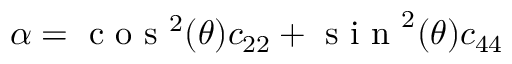
\alpha = \textrm { c o s } ^ { 2 } ( \theta ) c _ { 2 2 } + \textrm { s i n } ^ { 2 } ( \theta ) c _ { 4 4 }